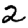
Digit: 2